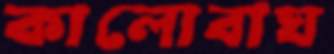
কালোবাঘ